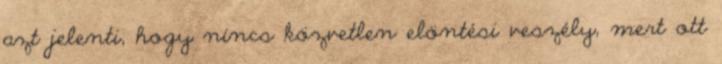
azt jelenti, hogy nincs közvetlen elöntési veszély, mert ott